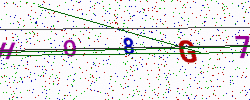
Text: HO8G7